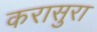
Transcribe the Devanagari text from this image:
करासुरा